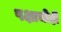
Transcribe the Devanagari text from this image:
पक्षाचीही